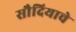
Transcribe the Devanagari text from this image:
सौदियाचे